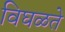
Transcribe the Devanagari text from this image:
विघळते